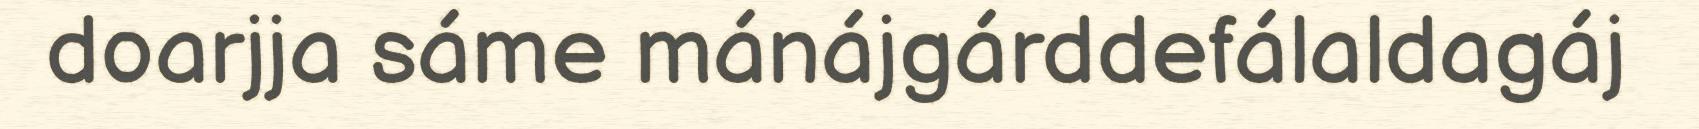
doarjja sáme mánájgárddefálaldagáj